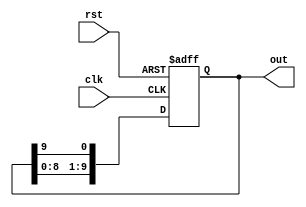
module DecadeRingCounter (
    input wire clk,       // Clock signal
    input wire rst,       // Asynchronous reset
    output reg [9:0] out  // Output representing the current state (0-9)
);

    // Initial state
    initial begin
        out = 10'b0000000001; // Start at state 0
    end

    // Always block for state transition
    always @(posedge clk or posedge rst) begin
        if (rst) begin
            out <= 10'b0000000001; // Reset to state 0
        end else begin
            out <= {out[8:0], out[9]}; // Shift left (ring behavior)
        end
    end

endmodule